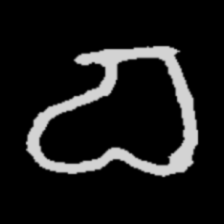
Pyu character \u2014 Myanmar letter: စ (romanized: ca)